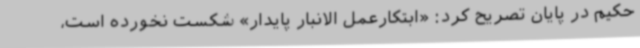
حکیم در پایان تصریح کرد: «ابتکارعمل الانبار پایدار» شکست نخورده است،